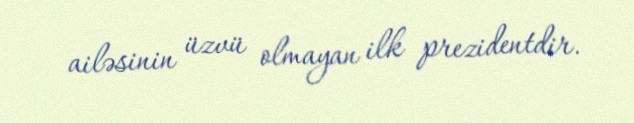
ailəsinin üzvü olmayan ilk prezidentdir.